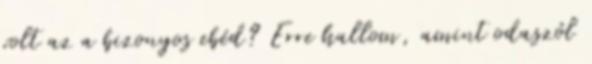
volt az a bizonyos ebéd? Erre hallom, amint odaszól